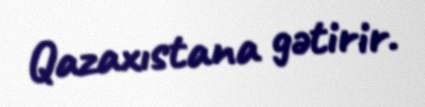
Qazaxıstana gətirir.